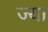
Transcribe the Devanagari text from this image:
ज्‍या